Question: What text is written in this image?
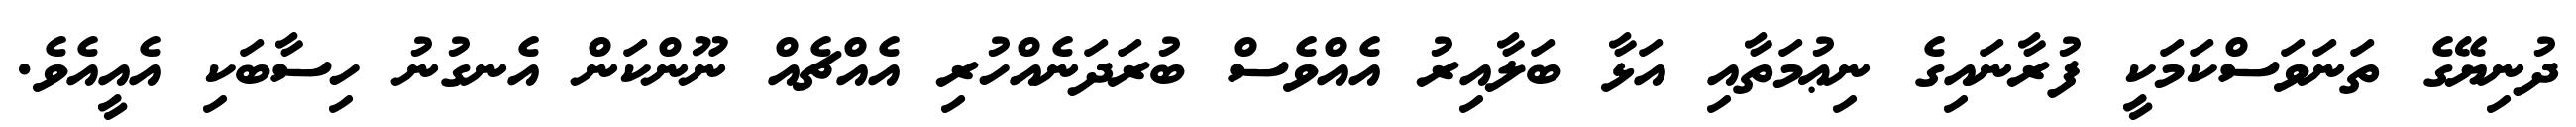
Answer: ދުނިޔޭގެ ތަނަވަސްކަމަކީ ފުރާނައިގެ ނިޢުމަތާއި އަޅާ ބަލާއިރު އެއްވެސް ބުރަދަނެއްހުރި އެއްޗެއް ނޫންކަން އެނގުނު ހިސާބަކި އެއީއެވެ.